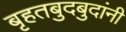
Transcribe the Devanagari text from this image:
बृहतबुदबुदांनी